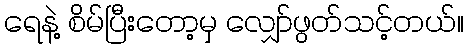
ရေနဲ့ စိမ်ပြီးတော့မှ လျှော်ဖွတ်သင့်တယ်။